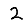
Digit: 2